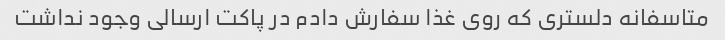
متاسفانه دلستری که روی غذا سفارش دادم در پاکت ارسالی وجود نداشت